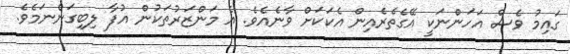
ގައިމު ވެސް އަހަންނަކީ އޭގެތެރެއިން އެކަކަށް ވާނެއެވެ. އެ މަންޒަރުތަކުން އުފާ ލިބިގަންނަމެވެ.